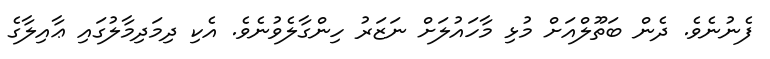
ފެނުނެވެ. ދެން ބަތޫލްއަށް މުޅި މާހައުލަށް ނަޒަރު ހިންގާލެވުނެވެ. އެކި ދިމަދިމާލުގައި ޢާއިލާގެ